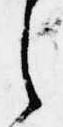
之